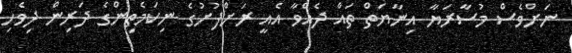
ނަށްވެސް މުސާރަޔާ އިނާޔަތް ތައް ދެއްވާ އެއީ ރަށްފުށުގެ ނިކަމެތިންގެ ދަރިން ދިވެހި